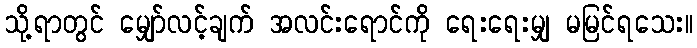
သို့ရာတွင် မျှော်လင့်ချက် အလင်းရောင်ကို ရေးရေးမျှ မမြင်ရသေး။